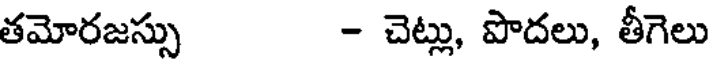
తమోరజస్సు - చెట్లు, పొదలు, తీగెలు